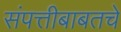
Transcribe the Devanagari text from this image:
संपत्तीबाबतचे